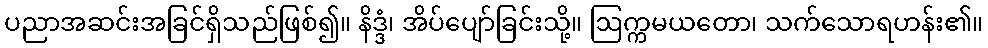
ပညာအဆင်းအခြင်ရှိသည်ဖြစ်၍။ နိဒ္ဒံ၊ အိပ်ပျော်ခြင်းသို့။ ဩက္ကမယတော၊ သက်သောရဟန်း၏။